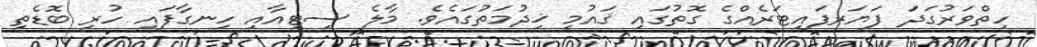
ހިތްވަރުގަދަ ފަޔަރފައިޓަރެއްގެ ގޮތުގައި ޤައުމީ ޚިދުމަތުގައެވެ. މާލެ ސިޓީއާއި ހިނގާފައި ހުރި ބޮޑެތި